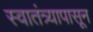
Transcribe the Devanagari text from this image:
स्वातंत्र्यापासून